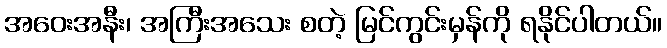
အဝေးအနီး၊ အကြီးအသေး စတဲ့ မြင်ကွင်းမှန်ကို ရနိုင်ပါတယ်။